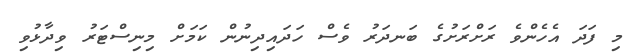
މި ފަދަ އެހެންވެ ރަށްރަށުގެ ބަނދަރު ވެސް ހަދައިދިނުން ކަމަށް މިނިސްޓަރު ވިދާޅުވި